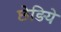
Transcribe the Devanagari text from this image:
छेड़िये